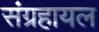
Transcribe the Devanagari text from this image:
संग्रहायल